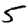
Digit: 5